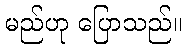
မည်ဟု ပြောသည်။